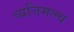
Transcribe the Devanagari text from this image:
व्यत्तिमत्त्व